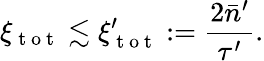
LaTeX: \xi_{\mathrm{~t~o~t~}}\lesssim\xi_{\mathrm{~t~o~t~}}^{\prime}:=\frac{2\bar{n}^{\prime}}{\tau^{\prime}}.